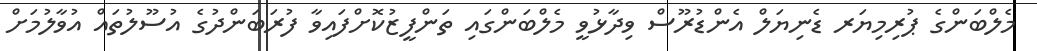
މެލްބަންގެ ޕުރިމިޔަރ ޑެނިޔަލް އެންޑުރޫސް ވިދާޅުވީ މެލްބަންގައި ތަންފީޒުކޮށްފައިވާ ފުރަބަންދުގެ އުސޫލުތައް އުވާލުމަށް